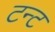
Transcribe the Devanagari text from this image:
टन्ट